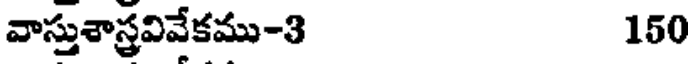
వాస్తుశాస్త్రవివేకము-3 150